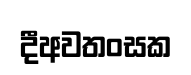
දීඅවතංසක